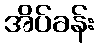
အိပ်ခန်း